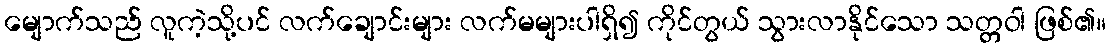
မျောက်သည် လူကဲ့သို့ပင် လက်ချောင်းများ လက်မများပါရှိ၍ ကိုင်တွယ် သွားလာနိုင်သော သတ္တဝါ ဖြစ်၏။